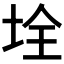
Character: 𡋄